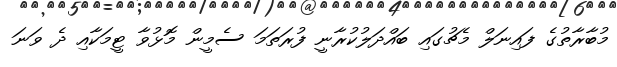
މުބާރާތުގެ ފައިނަލް މެޗުގައި ބައްދަލުކުރާނީ ފުރަތަމަ ސެމީން މޮޅުވާ ޓީމަކާއި ދެ ވަނަ